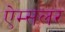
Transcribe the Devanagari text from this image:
ऐम्सलर